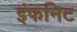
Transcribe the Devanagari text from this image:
इंफनिट